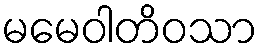
မမေဝါတိဝသာ